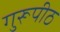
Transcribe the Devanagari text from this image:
गुरूपीठ